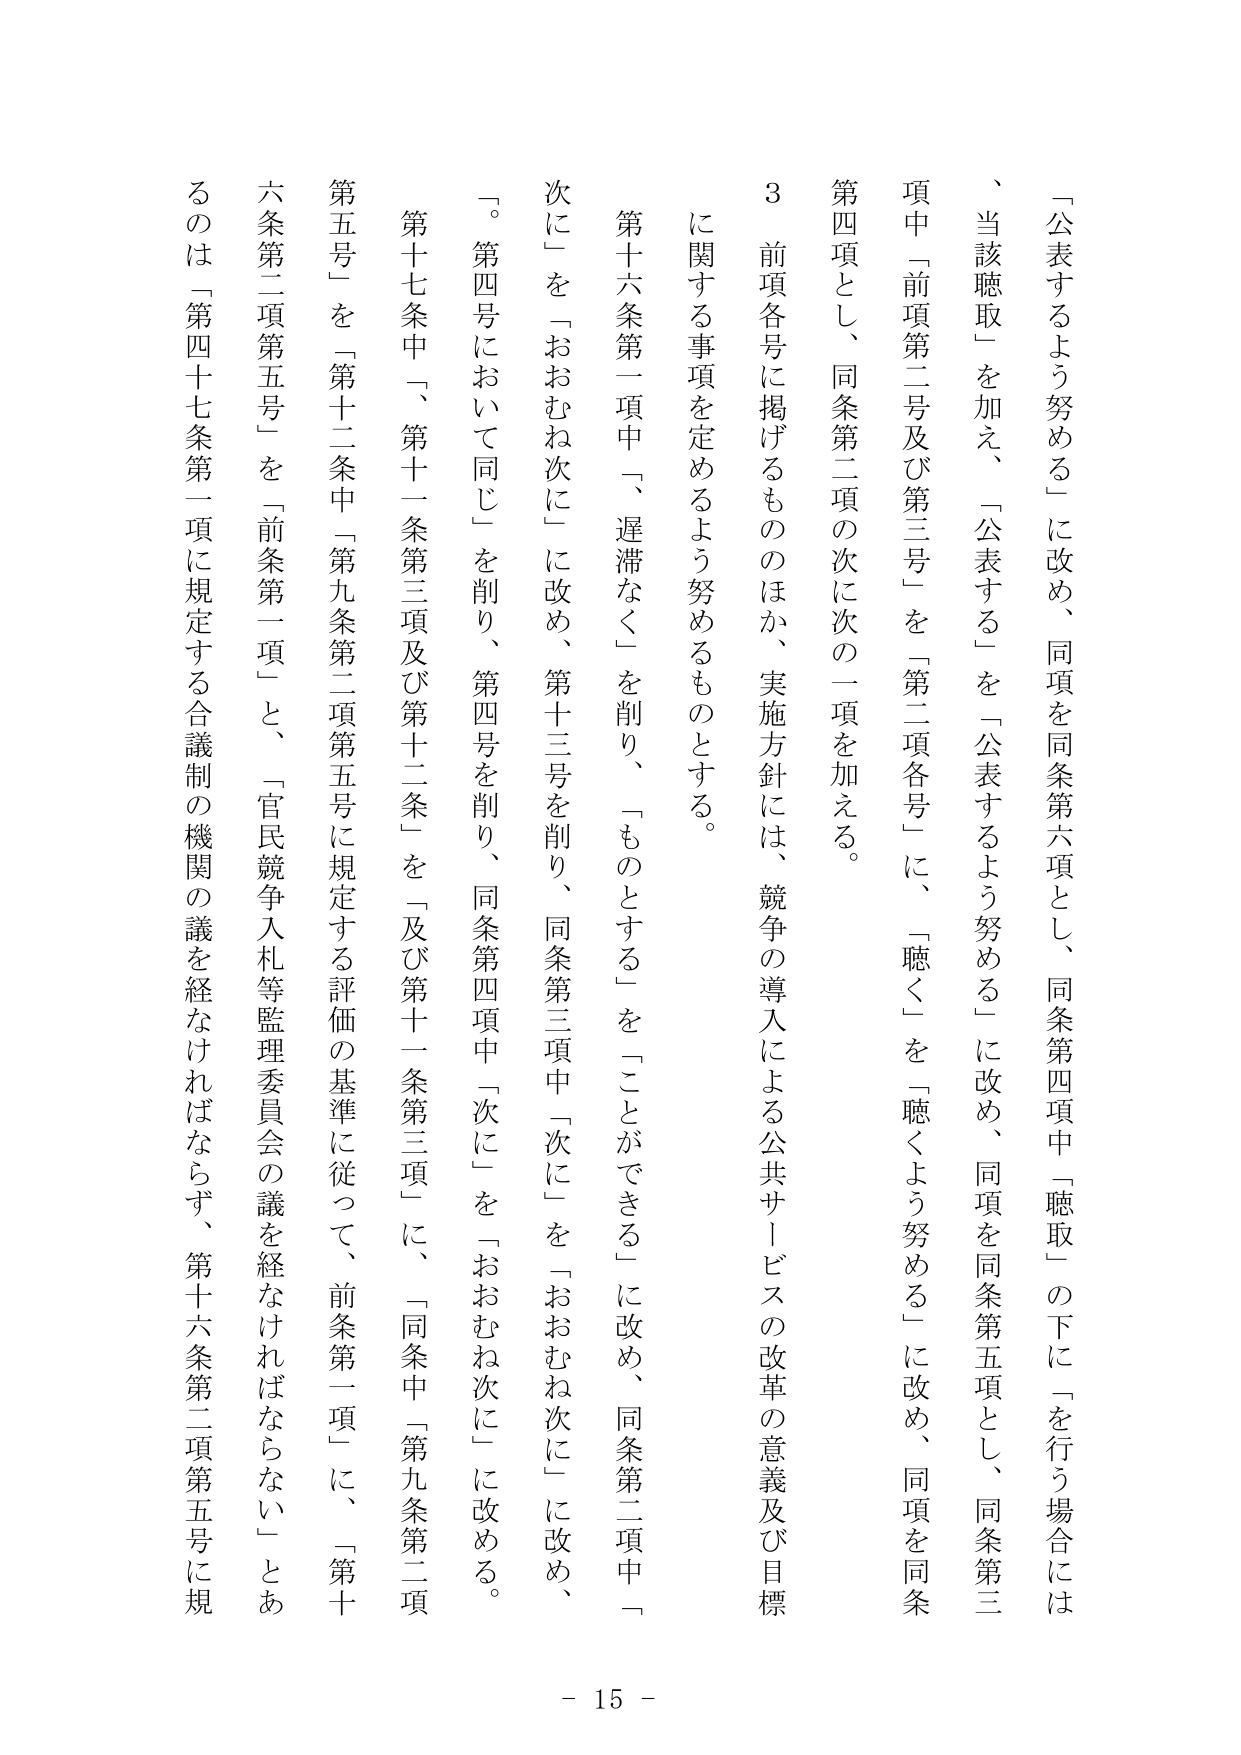
「公表するよう努める」に改め、同項を同条第六項とし、同条第四項中「聴取」の下に「を行う場合には、当該聴取」を加え、「公表する」を「公表するよう努める」に改め、同項を同条第五項とし、同条第三項中「前項第二号及び第三号」を「第二項各号」に、「聴く」を「聴くよう努める」に改め、同項を同条第四項とし、同条第二項の次に次の一项を加える。

３　前項各号に掲げるもののほか、実施方針には、競争の導入による公共サービスの改革の意義及び目標に関する事項を定めるよう努めるものとする。

第十六条第一項中「、遅滞なく」を削り、「ものとする」を「ことができる」に改め、同条第二項中「次に」を「おおむね次に」に改め、第十三号を削り、同条第三項中「次に」を「おおむね次に」に改め、「。第四号において同じ」を削り、第四号を削り、同条第四項中「次に」を「おおむね次に」に改める。

第十七条中「、第十一条第三項及び第十二条」を「及び第十一条第三項」に、「同条中「第九条第二項第五号」を「第十二条中「第九条第二項第五号に規定する評価の基準に従って、前条第一項」に、「第十六条第二項第五号」を「前条第一項」と、「官民競争入札等監理委員会の議を経なければならない」とあるのは「第四十七条第一項に規定する合議制の機関の議を経なければならない、第十六条第二項第五号に規

- 15 -